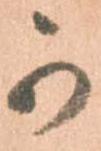
可